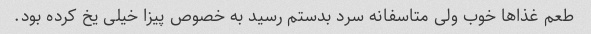
طعم غذا‌ها خوب ولی متاسفانه سرد بدستم رسید به خصوص پیزا خیلی یخ کرده بود.